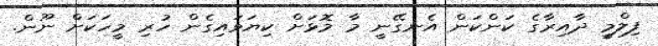
ފިލްމީ ދާއިރާގެ ކަންކަން އެނގޭނީ މާ މޮޅަށް ކިޔަވައިގެން ހުރި މީހަކަށް ނޫން.